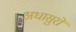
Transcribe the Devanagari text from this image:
अधासुरों